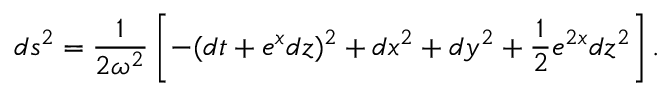
d s ^ { 2 } = \frac 1 { 2 \omega ^ { 2 } } \left[ - ( d t + e ^ { x } d z ) ^ { 2 } + d x ^ { 2 } + d y ^ { 2 } + \frac 1 2 e ^ { 2 x } d z ^ { 2 } \right] .